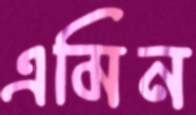
এমিন